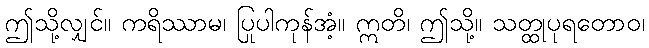
ဤသို့လျှင်။ ကရိဿာမ၊ ပြုပါကုန်အံ့။ ဣတိ၊ ဤသို့။ သတ္ထုပုရတောဝ၊